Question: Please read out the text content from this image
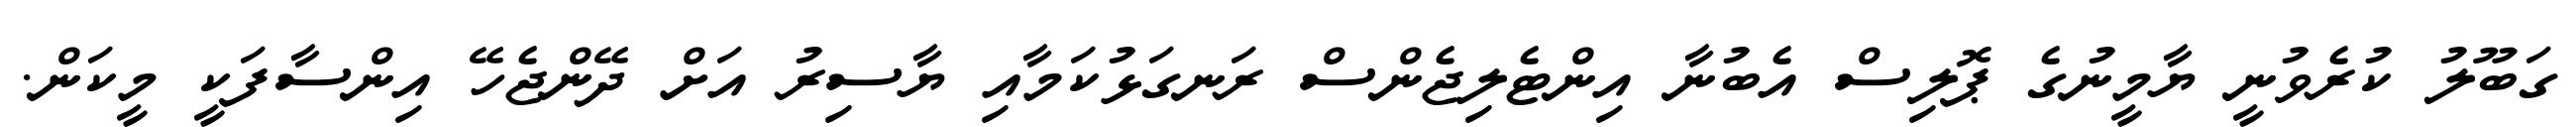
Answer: ގަބޫލު ކުރެވުނީ ޔާމީނުގެ ޕޮލިސް އެބުނާ އިންޓެލިޖެންސް ރަނގަޅުކަމާއި ޔާސިރު އަށް ދޭންޖެހޭ އިންސާފަކީ މީކަން.